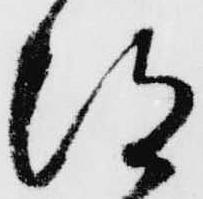
得